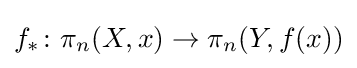
f_{*}\colon \pi _{n}(X,x)\to \pi _{n}(Y,f(x))